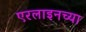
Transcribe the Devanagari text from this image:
एरलाइनच्या